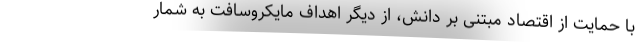
با حمایت از اقتصاد مبتنی بر دانش، از دیگر اهداف مایکروسافت به شمار